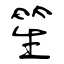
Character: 笙